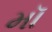
મૉ